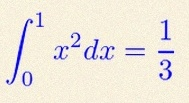
\int_0^1 x^2dx=\frac13